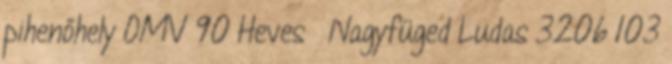
pihenőhely OMV 90 Heves Nagyfüged Ludas 3206 103